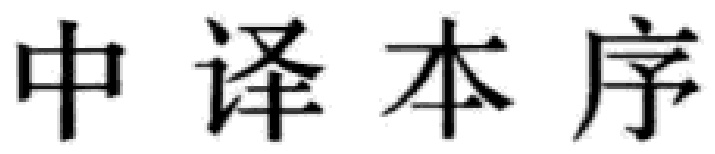
中译本序